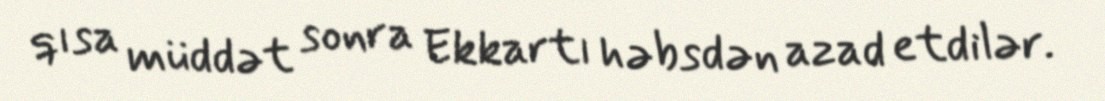
qısa müddət sonra Ekkartı həbsdən azad etdilər.